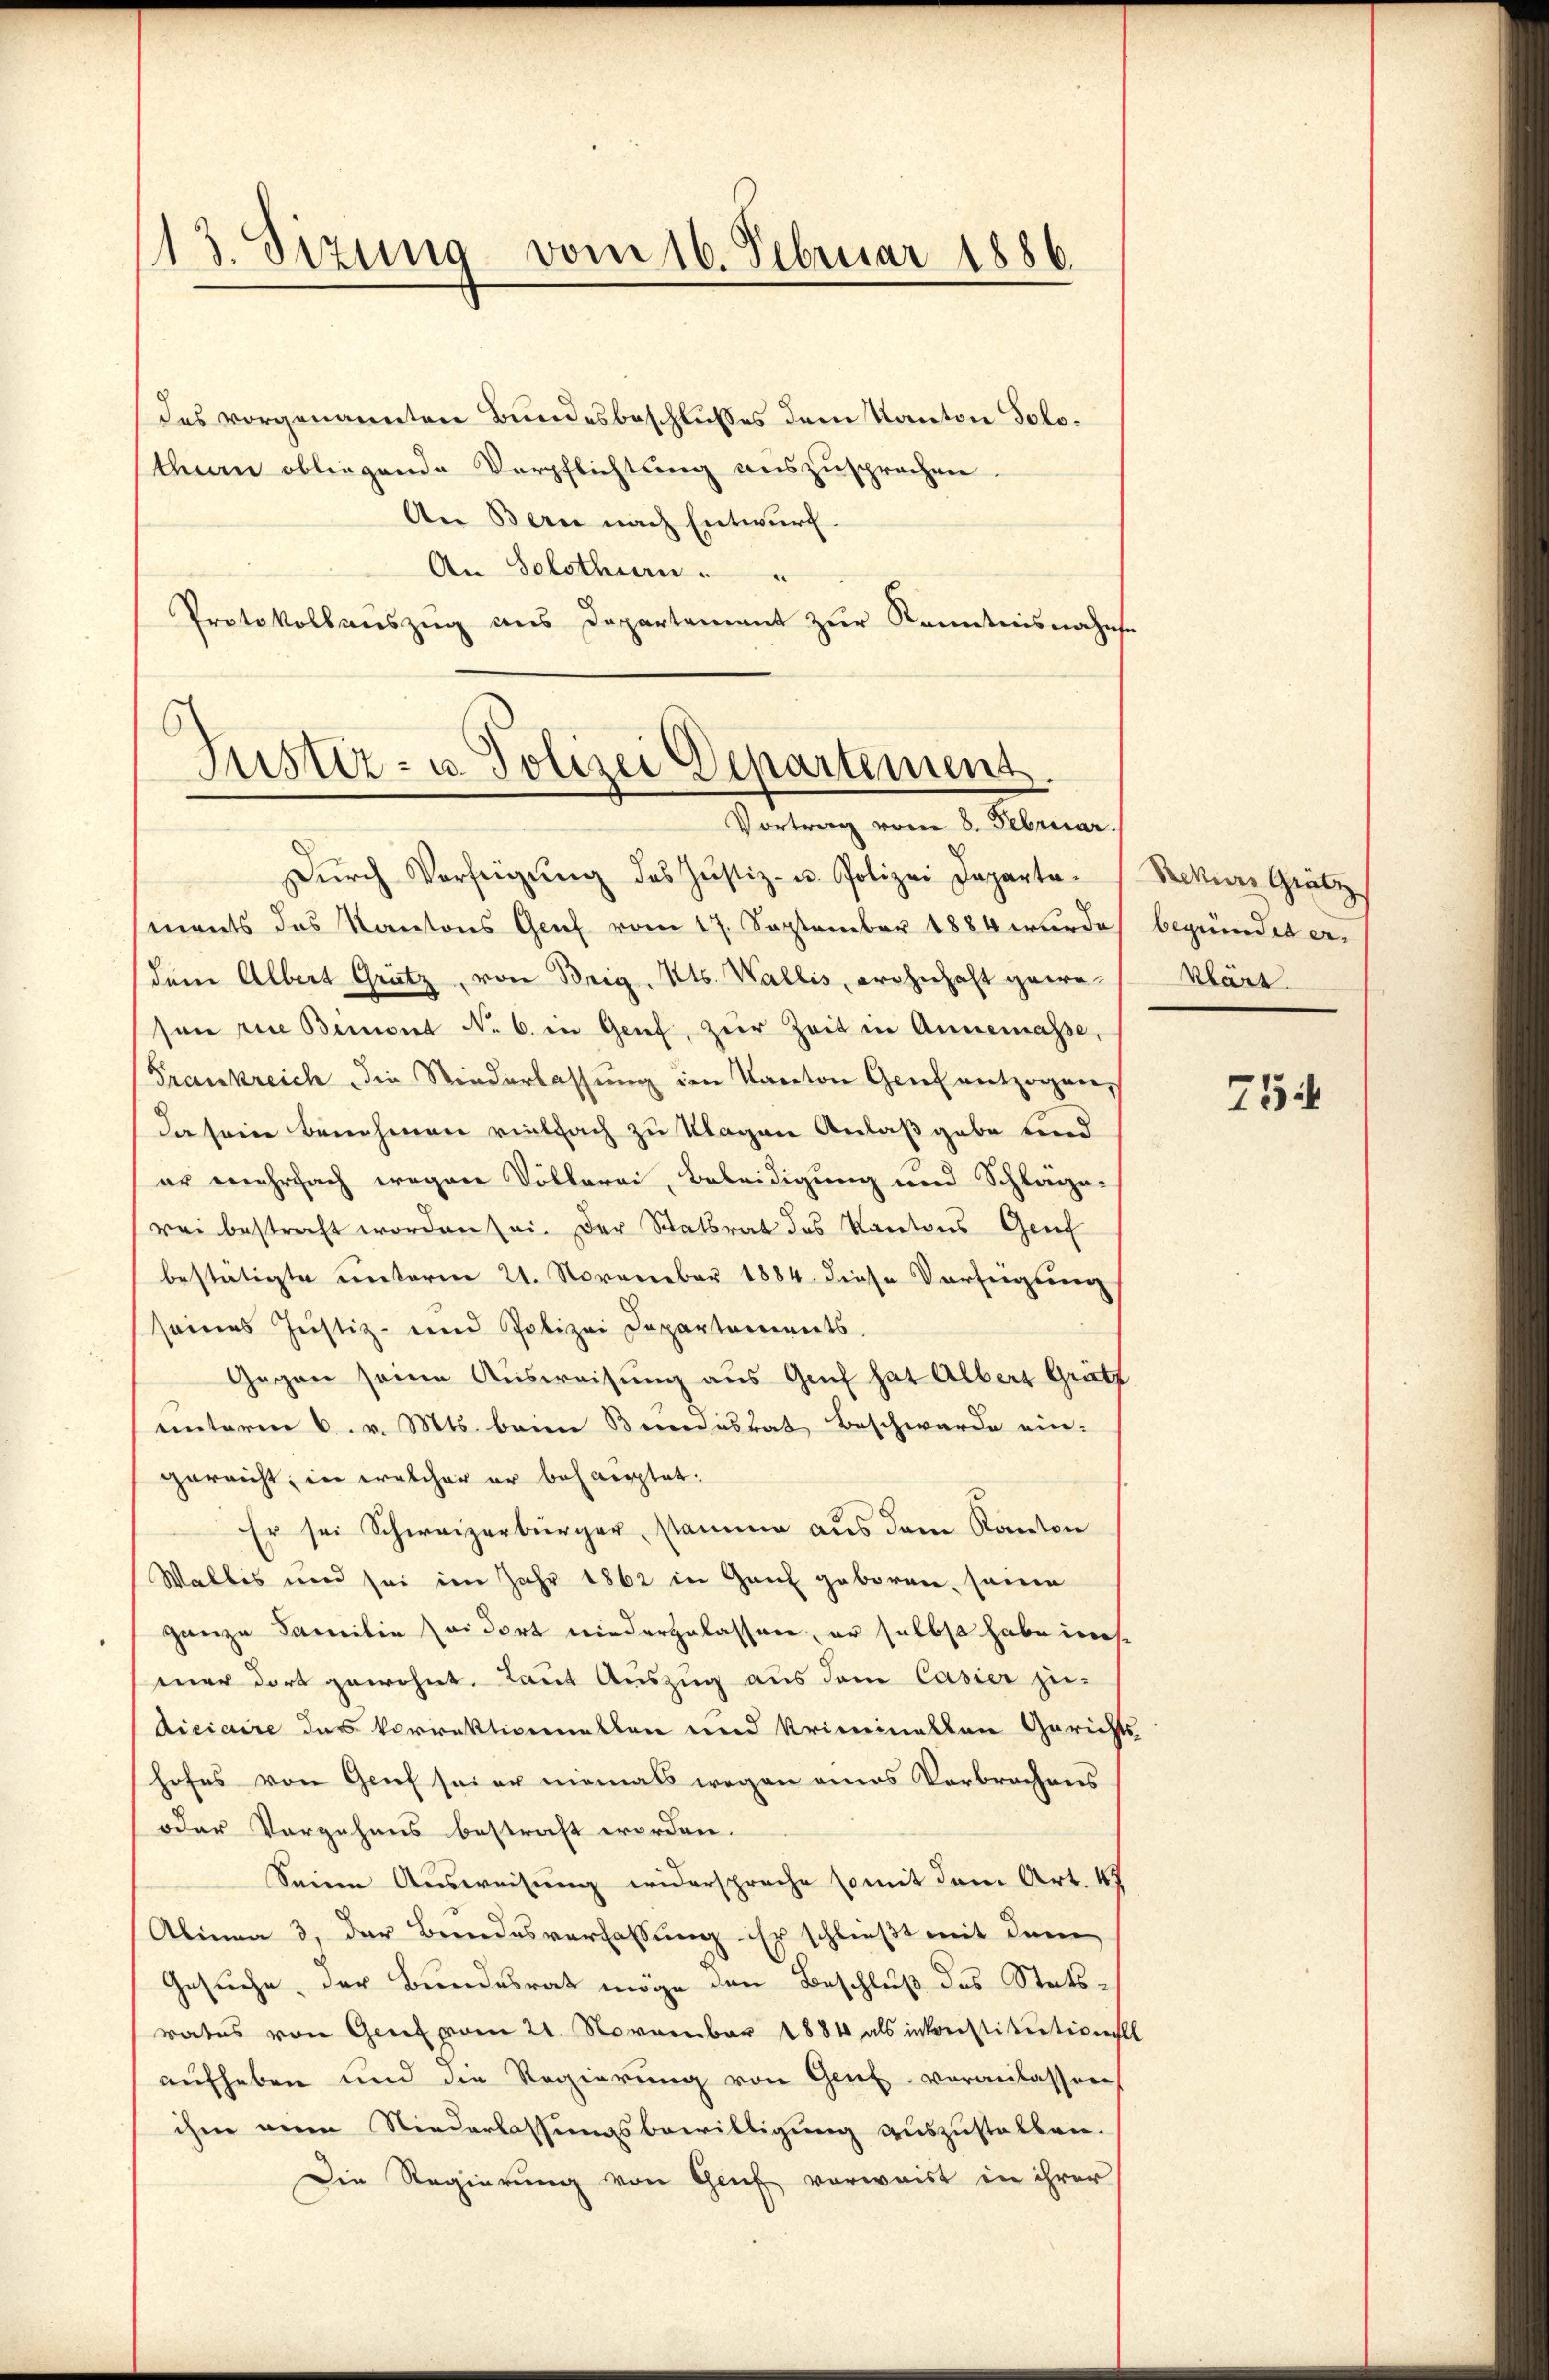
13. Sizung vom 16. Februar 1886.

des vorgenannten Bundesbeschlußes dem Kanton Solotheen obliegende Verpflichtung auszusprechen.
An Bern nach Entwurf.
An Schothen.
Protokollauszug aus Departement zur Kenntnisnahe
Dŭrch Verfügŭng des Justiz- u. Polizei Departaments das Kantons Genf vom 17. September 1884 wurde
dem Albert Grütz, von Brig. Mts. Wallis, wohnhaft geweson die Bemont No. 6. in Grief, zur Zeit in Annemasse,
Frankreich die Niederlassŭng im Kanton Genf entzogen,
da sein benehmen vielfach zu Klagen Anlaßgabe und
er mehrfach wegen Völkerei, Beleidigung und Schlage-
rei bestraft worden sei. Der Statsrat des Kantons Genf
bestätigte unterm 21. November 1884. diese Verfügung
seines Justiz- und Polizei Departements.
Gegen seine Ausweisung aus Genf hat Alberg Gritt
unterm 6. v. Mts. beim Bereinstat Beschwerde ein-
gerricht, in welcher er beharpptat:
Er sei Schweizerbürger, stammen aus dem Kanton
Wallis und sei im Jahr 1862 in Ganz geboren, seine
ganze Familie sei dort wiedergelassen, er selbst habe in
mer dort gewohnt. Laut Auszug aus dem Casier zudiciaire des Vorrektionellen und Kriminallen Gerich
hofes von Genf sei er niemals wegen eines Verbrechens
oder Vorgehens bestraft worden.
Seine Ausweisung widerspreche somit dem Art. 47
Alinea 3, der Bundesverfassung ihr schließt mit dem
Gesuche, der Bundesrat möge den Beschluß des Statsrates von Genf vom 21. November 1884 als inkonstitution
aufheben und die Regierŭng von Genf veranlassen
ihm anen Niederlassungsbewilligung auszustellen.
Die Regierung von Gruf verwaist in ihrer

C
Justiz- u. Polizei Departement
Vortrag vom 8. Februar.

Rekurs Grätz
begründet er.
klärt.

754